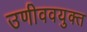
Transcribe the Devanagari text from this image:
उणीववयुक्त